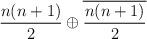
LaTeX: \begin{align*}\frac{n(n+1)}{2} \oplus \overline{\frac{n(n+1)}{2}}\end{align*}